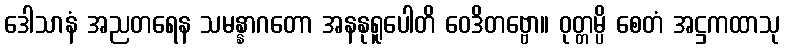
ဒေါသာနံ အညတရေန သမန္နာဂတော အနနုရူပေါတိ ဝေဒိတဗ္ဗော။ ဝုတ္တမ္ပိ စေတံ အဋ္ဌကထာသု